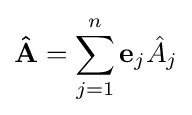
\mathbf {\hat {A}} =\sum _{j=1}^{n}\mathbf {e} _{j}{\hat {A}}_{j}